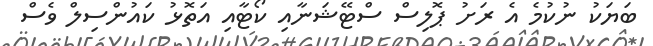
ބަޔަކު ނުކުމެ އެ ރަށު ޕޮލިސް ސްޓޭޝަނާއި ކޯޓާއި އަތޮޅު ކައުންސިލް ވެސް